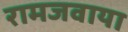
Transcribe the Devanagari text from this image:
रामजवाया